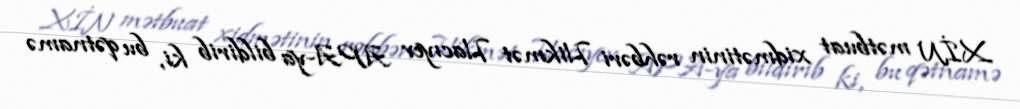
XİN mətbuat xidmətinin rəhbəri Hikmət Hacıyev APA-ya bildirib ki, bu qətnamə